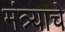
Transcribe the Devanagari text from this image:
मंत्र्याचे